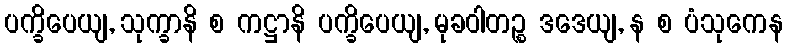
ပက္ခိပေယျ, သုက္ခာနိ စ ကဋ္ဌာနိ ပက္ခိပေယျ, မုခဝါတဉ္စ ဒဒေယျ, န စ ပံသုကေန